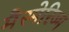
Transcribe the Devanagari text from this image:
मैस्मेरिज्म